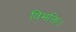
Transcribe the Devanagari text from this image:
विभक्ति।